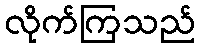
လိုက်ကြသည်